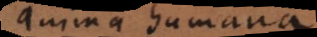
anima humana